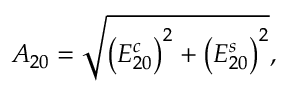
A _ { 2 0 } = \sqrt { \left( E _ { 2 0 } ^ { c } \right) ^ { 2 } + \left( E _ { 2 0 } ^ { s } \right) ^ { 2 } } ,